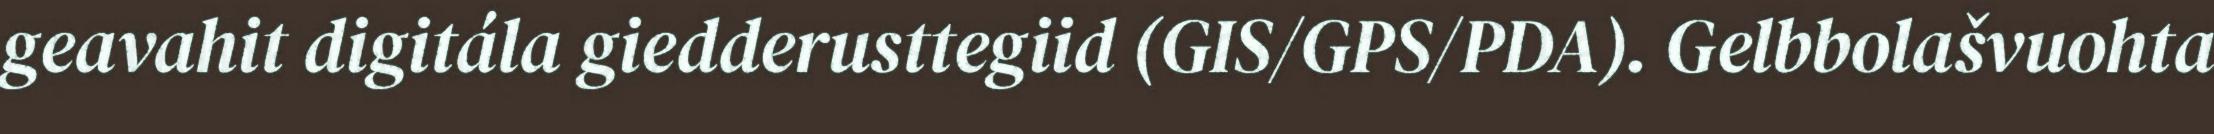
geavahit digitála giedderusttegiid (GIS/GPS/PDA). Gelbbolašvuohta